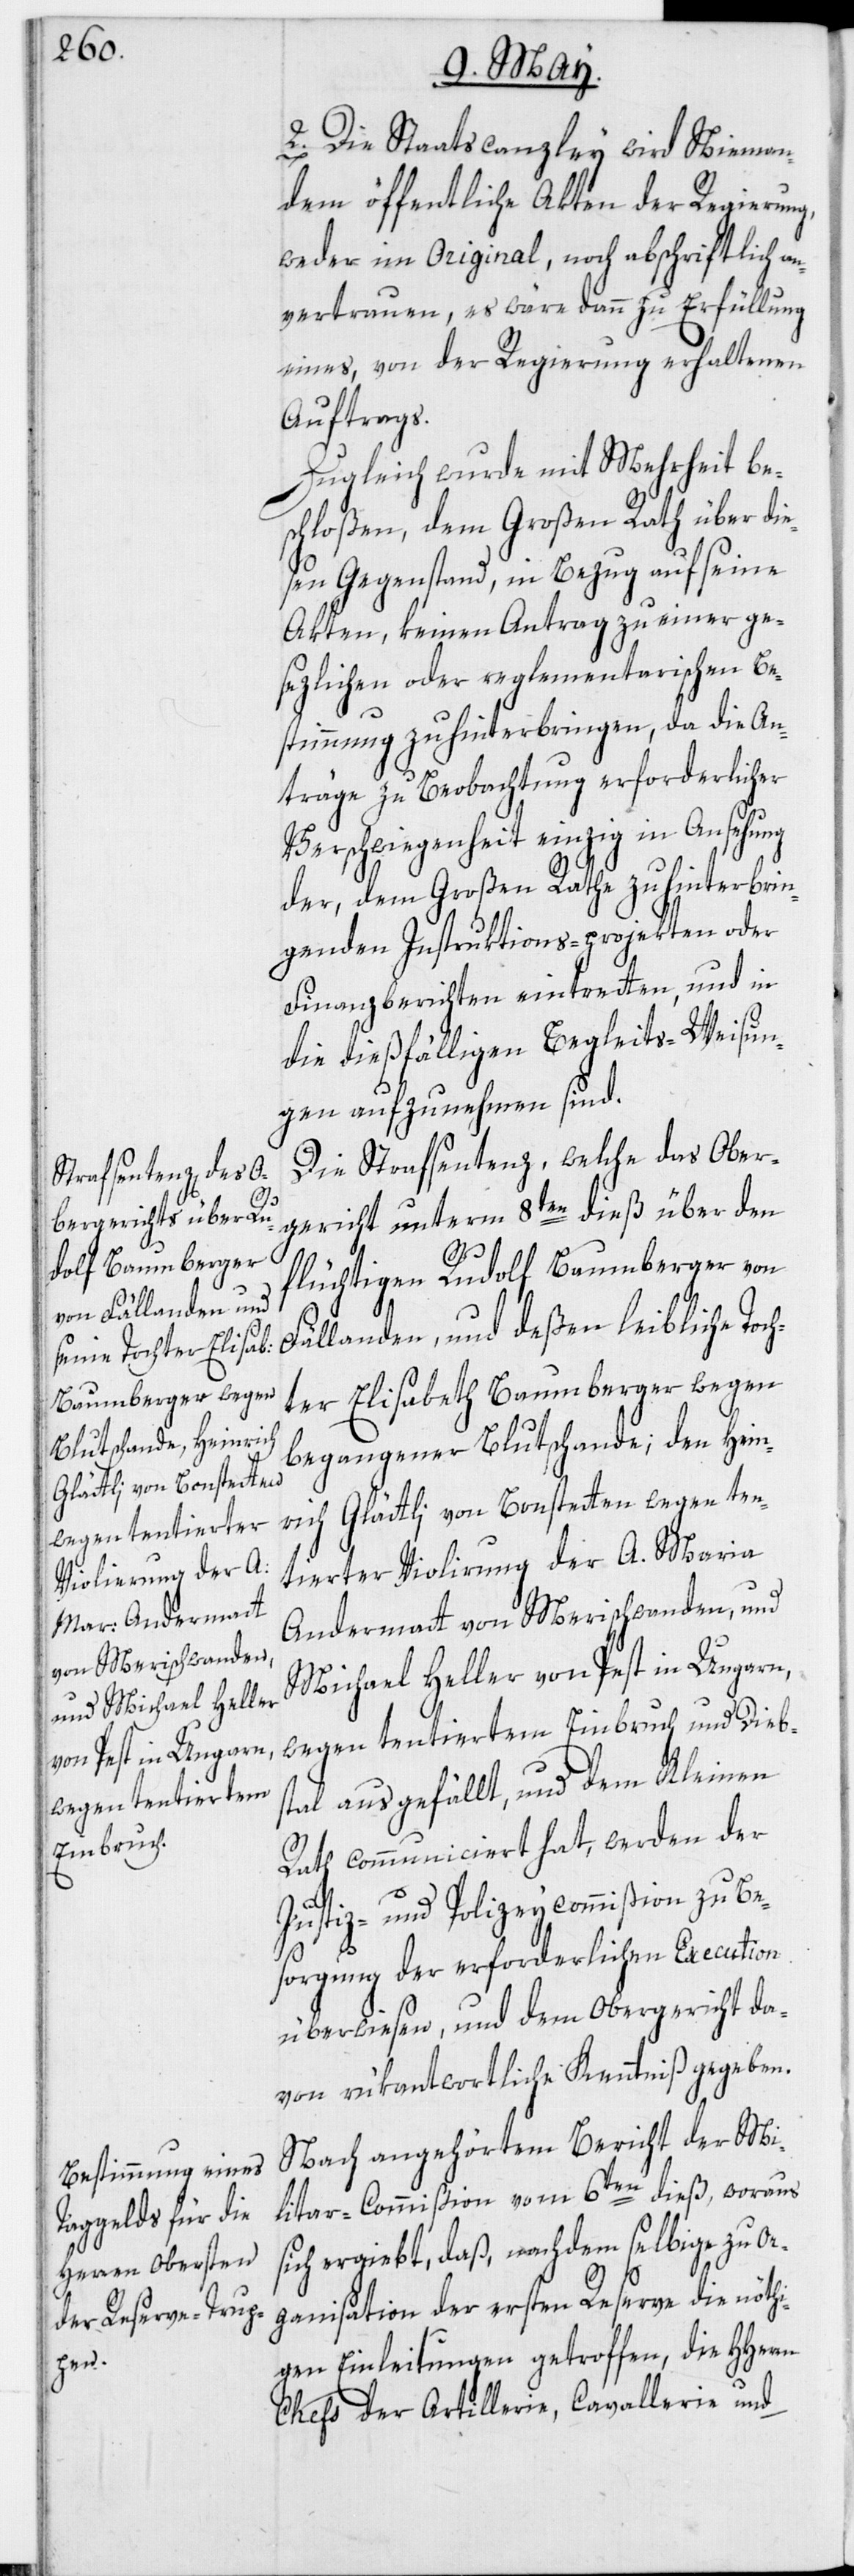
2. Die Staatscanzley wird Nieman¬
dem öffentliche Akten der Regierung,
weder im Original, noch abschriftlich an¬
vertrauen, es wäre dann zu Erfüllung
eines, von der Regierung erhaltenen
Auftrags.
Zugleich wurde mit Mehrheit be¬
schloßen, dem Großen Rath über die¬
sen Gegenstand, in Bezug auf seine
Akten, keinen Antrag zu einer ge¬
sezlichen oder reglementarischen Be¬
stimmung zu hinterbringen, da die An¬
träge zu Beobachtung erforderlicher
Verschwiegenheit einzig in Ansehung
der, dem Großen Rathe zu hinterbrin¬
genden Instruktions-projekten oder
Finanzberichten eintretten, und in
die dießfälligen Begleits-Weisun¬
gen aufzunehmen sind.
Die Strafsentenz, welche das Ober¬
gericht unterm 8ten dieß über den
flüchtigen Rudolf Baumberger von
Fällanden, und deßen leibliche Toc¬
hter Elisabeth Baumberger wegen
begangener Blutschande; den Hein¬
rich Glättli von Bonstetten wegen ten¬
tierter Violirung der A. Maria
Andermatt von Merischwanden, und
Michael Heller von Pest in Ungarn,
wegen tentiertem Einbruch und Dieb¬
stal ausgefällt, und dem Kleinen
Rath communiciert hat, werden der
Justiz- und Polizeycommißion zu Be¬
sorgung der erforderlichen Execution
überwiesen, und dem Obergericht da¬
von rükantwortliche Kenntniß gegeben.
Nach angehörtem Bericht der Mi¬
litar-Commißion vom 6ten dieß, woraus
sich ergiebt, daß, nachdem selbige zu Or¬
ganisation der ersten Reserve die nöthi¬
gen Einleitungen getroffen, die HHerrn
Chefs der Artillerie, Cavallerie und